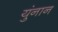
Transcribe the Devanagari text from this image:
युंनान